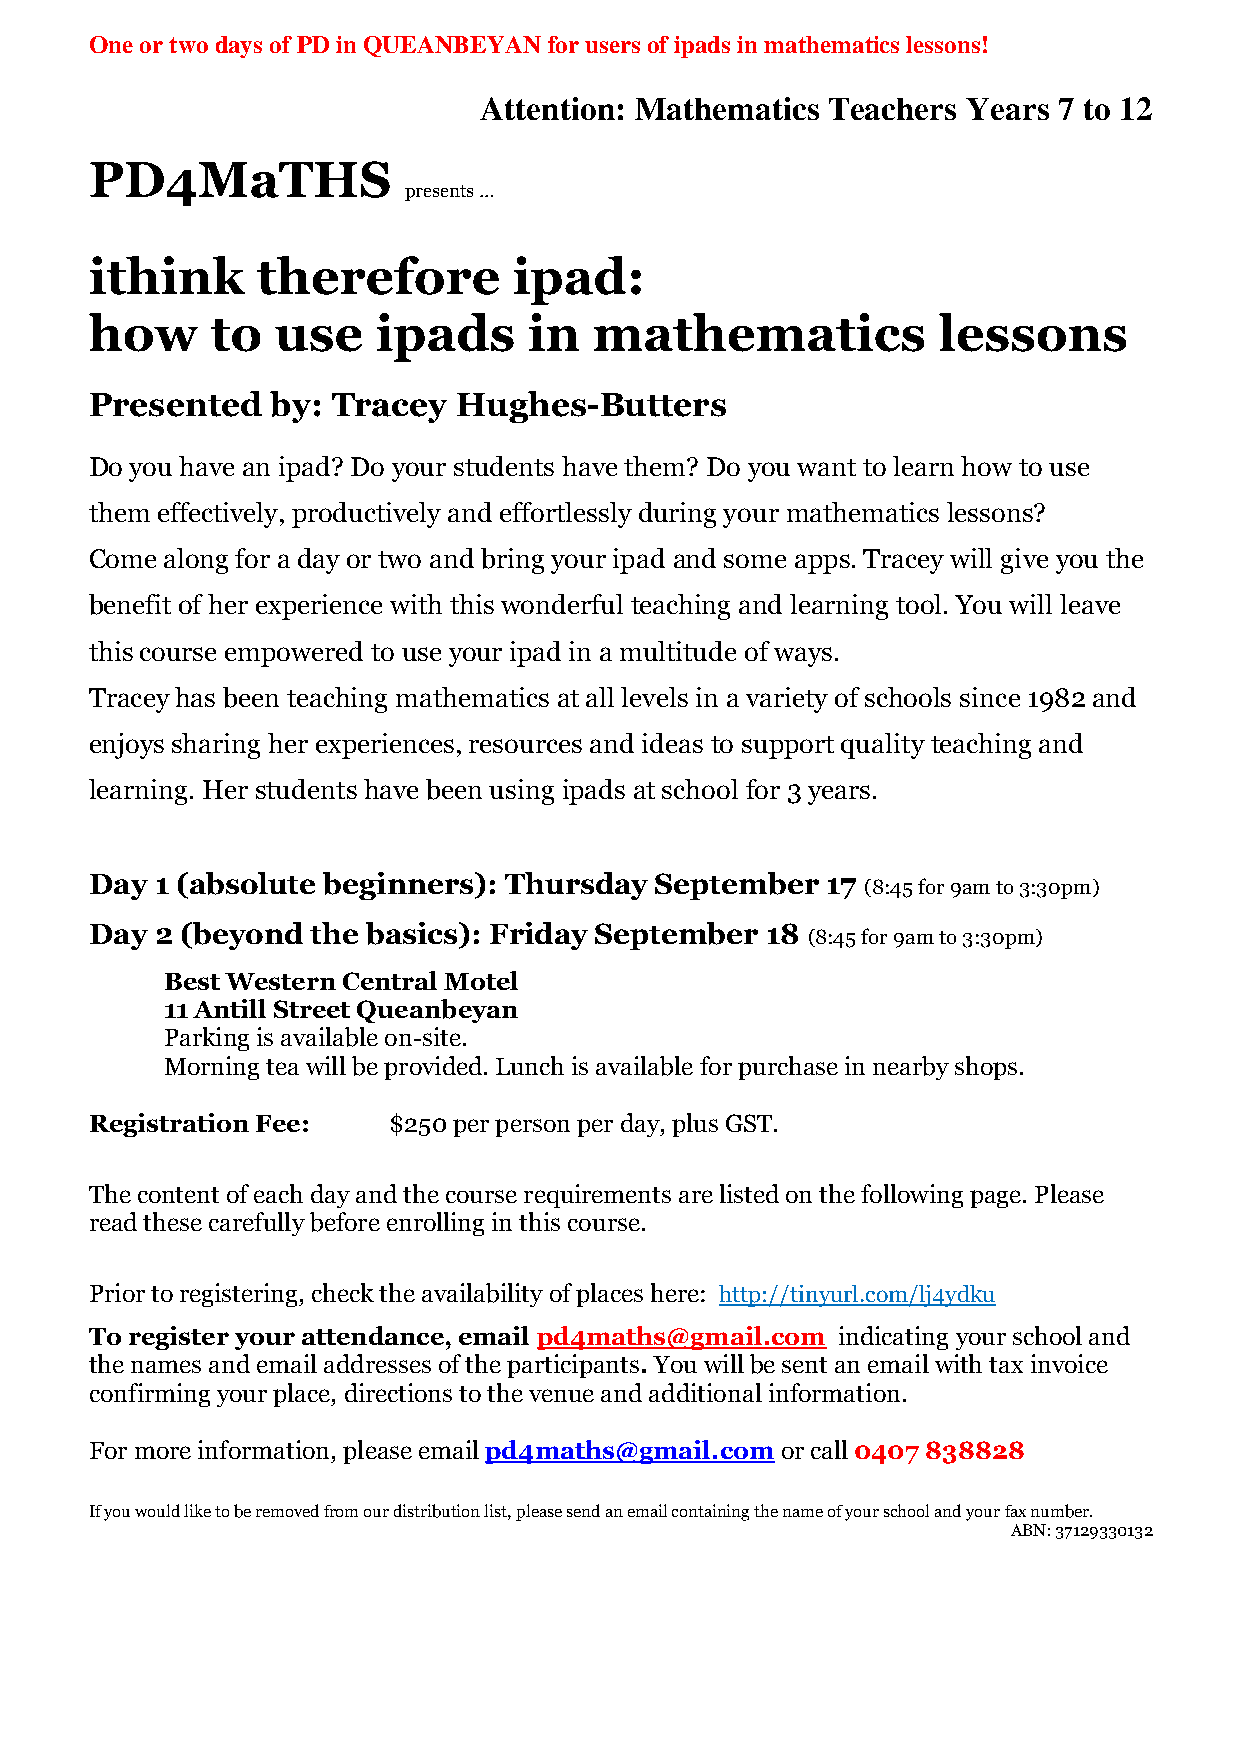
One or two days of PD in QUEANBEYAN for users of ipads in mathematics lessons!
 Attention: Mathematics Teachers Years 7 to 12
 PD4MaTHS
 presents …
 ithink     therefore        ipad:
 how     to  use    ipads     in  mathematics            lessons
 Presented   by: Tracey  Hughes-Butters
 Do you have an ipad? Do your students have them? Do you want to learn how to use
 them effectively, productively and effortlessly during your mathematics lessons?
 Come along for a day or two and bring your ipad and some apps. Tracey will give you the
 benefit of her experience with this wonderful teaching and learning tool. You will leave
 this course empowered to use your ipad in a multitude of ways.
 Tracey has been teaching mathematics at all levels in a variety of schools since 1982 and
 enjoys sharing her experiences, resources and ideas to support quality teaching and
 learning. Her students have been using ipads at school for 3 years.
 Day 1 (absolute beginners): Thursday September   17
 (8:45 for 9am to 3:30pm)
 Day 2 (beyond  the basics): Friday September 18
 (8:45 for 9am to 3:30pm)
 Best Western Central Motel
 11 Antill Street Queanbeyan
 Parking is available on-site.
 Morning tea will be provided. Lunch is available for purchase in nearby shops.
 Registration Fee:   $250 per person per day, plus GST.
 The content of each day and the course requirements are listed on the following page. Please
 read these carefully before enrolling in this course.
 Prior to registering, check the availability of places here: http://tinyurl.com/lj4ydku
 To register your attendance, email pd4maths@gmail.com indicating your school and
 the names and email addresses of the participants. You will be sent an email with tax invoice
 confirming your place, directions to the venue and additional information.
 For more information, please email pd4maths@gmail.com or call 0407 838828
 If you would like to be removed from our distribution list, please send an email containing the name of your school and your fax number.
 ABN: 37129330132